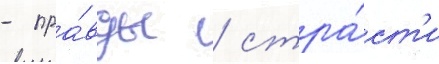
- пра́вды / стра́ст'и